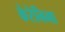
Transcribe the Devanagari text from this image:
केरेनिना